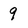
Character: 9